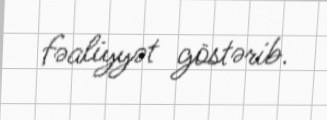
fəaliyyət göstərib.